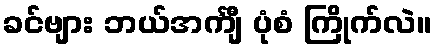
ခင်ဗျား ဘယ်အင်္ကျီ ပုံစံ ကြိုက်လဲ။